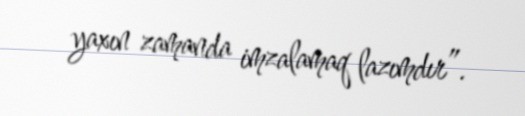
yaxın zamanda imzalamaq lazımdır”.